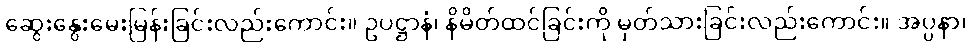
ဆွေးနွေးမေးမြန်းခြင်းလည်းကောင်း။ ဥပဋ္ဌာနံ၊ နိမိတ်ထင်ခြင်းကို မှတ်သားခြင်းလည်းကောင်း။ အပ္ပနာ၊